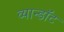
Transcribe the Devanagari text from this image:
व्यान्डॉट